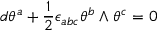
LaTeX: d \theta ^ { a } + { \frac { 1 } { 2 } } \epsilon _ { a b c } \theta ^ { b } \wedge \theta ^ { c } = 0